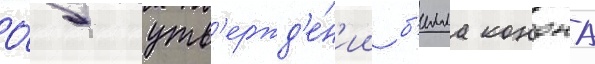
О́б утв'ержд'е́н'ии б'илла кондона